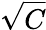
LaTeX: \sqrt{C}